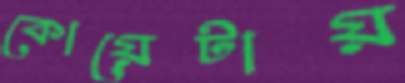
কোয়েটায়